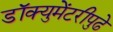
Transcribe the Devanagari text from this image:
डॉक्युमेंटरीपुढे